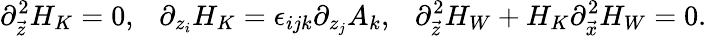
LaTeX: \partial_{\vec{z}}^{2}H_{K}=0,\ \ \ \partial_{z_{i}}H_{K}=\epsilon_{ijk}\partial_{z_{j}}A_{k},\ \ \ \partial_{\vec{z}}^{2}H_{W}+H_{K}\partial_{\vec{x}}^{2}H_{W}=0.